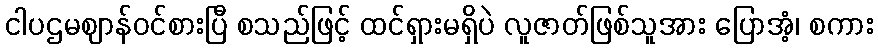
ငါပဌမဈာန်ဝင်စားပြီ စသည်ဖြင့် ထင်ရှားမရှိပဲ လူဇာတ်ဖြစ်သူအား ပြောအံ့၊ စကား